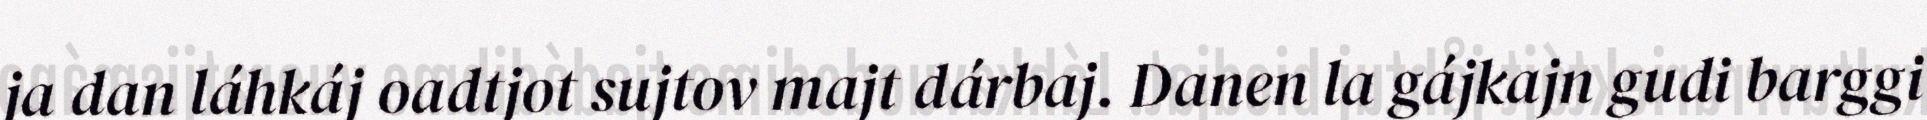
ja dan láhkáj oadtjot sujtov majt dárbaj. Danen la gájkajn gudi barggi